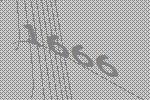
1666